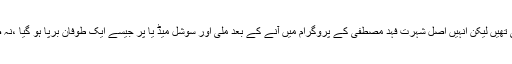
تفصیل کے مطابق فبیہا شیرازی فیشن انڈسٹری میں بہت دیر سے اپنی قسمت آزما رہی تھیں لیکن انہیں اصل شہرت فہد مصطفی کے پروگرام میں آنے کے بعد ملی اور سوشل میڈ یا پر جیسے ایک طوفان برپا ہو گیا ،نہ صرف پاکستانیوں نے بلکہ بھارتی لوگوں نے بھی فبیہا شیرازی کی خوب تعریف کی ۔